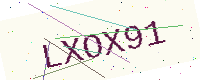
Text: LXOX91